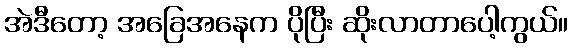
အဲဒီတော့ အခြေအနေက ပိုပြီး ဆိုးလာတာပေါ့ကွယ်။